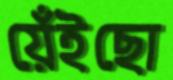
য়েঁইছো